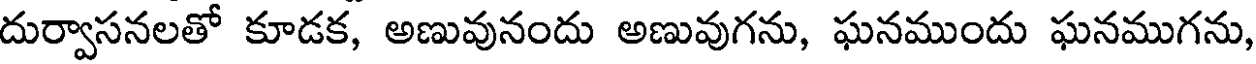
దుర్వాసనలతో కూడక, అణువునందు అణువుగను, ఘనముందు ఘనముగను,